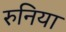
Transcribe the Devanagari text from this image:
रुनिया